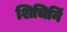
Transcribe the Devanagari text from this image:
शिचिनिं